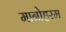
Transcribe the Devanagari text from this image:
मानोहरम